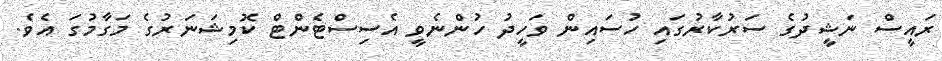
ރައީސް ނަޝީދުގެ ސަރުކާރުގައި ހުސައިން ވަހީދު ހުންނެވީ އެސިސްޓެންޓް ކޮމިޝަނަރުގެ މަގާމުގަ އެވެ.